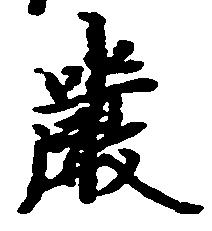
厳